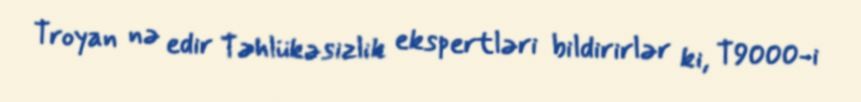
Troyan nə edir Təhlükəsizlik ekspertləri bildirirlər ki, T9000-i